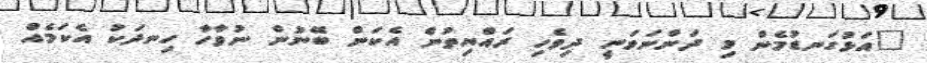
"އަޅުގަނޑުމެން މި ދަންނަވަނީ ދިވެހި ރައްޔިތުން އެކަން ބޭނުން ނުވާހާ ހިނދަކު އެކަމެއް